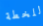
للخطة